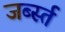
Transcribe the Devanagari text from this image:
जर्ब्स्त